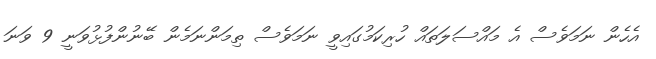
އެހެން ނަމަވެސް އެ މައްސަލަތައް ހުރިކަމުގައިވީ ނަމަވެސް ތިމަންނަމެން ބޭނުންފުޅުވަނީ 9 ވަނަ